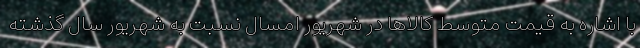
با اشاره به قیمت متوسط کالاها در شهریور امسال نسبت به شهریور سال گذشته